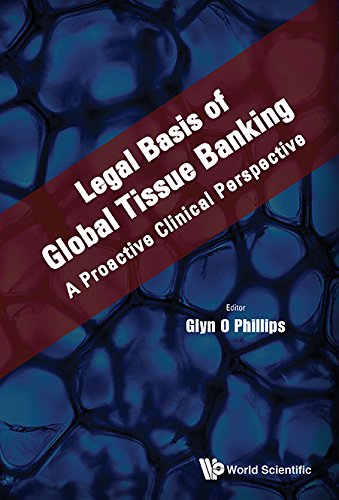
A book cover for Legal Basis of Global Tissue Banking: A Proactive Clinical Perspective; Glyn O Phillips; Health, Fitness & Dieting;